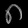
Digit: ၈